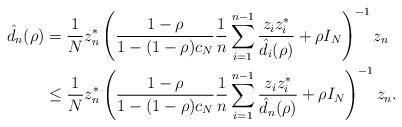
LaTeX: \begin{align*}\hat{d}_n(\rho) &= \frac1Nz_n^* \left( \frac{1-\rho}{1-(1-\rho)c_N} \frac1n\sum_{i=1}^{n-1} \frac{z_iz_i^*}{\hat{d}_i(\rho)} + \rho I_N \right)^{-1} z_n \\&\leq \frac1Nz_n^* \left( \frac{1-\rho}{1-(1-\rho)c_N} \frac1n\sum_{i=1}^{n-1} \frac{z_iz_i^*}{\hat{d}_n(\rho)} + \rho I_N \right)^{-1} z_n.\end{align*}